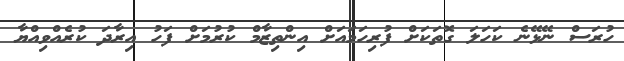
ހުރަސް ނޭޅޭނެ ކަހަލަ ގޮތަކަށް ފުރިހަމައަށް އިންތިޒާމް ކުރުމަށް ފަހު އިރާދަ ކުރެއްވިއްޔާ